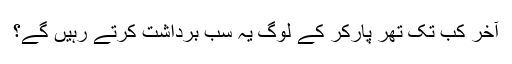
آخر کب تک تھر پارکر کے لوگ یہ سب برداشت کرتے رہیں گے؟